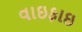
વાઇફાઇ